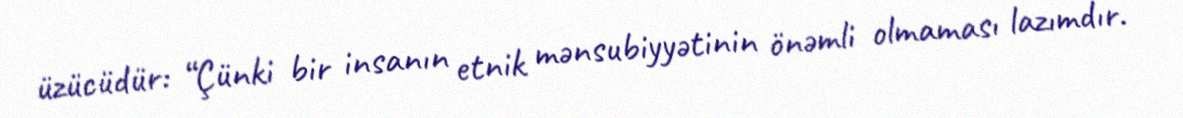
üzücüdür: “Çünki bir insanın etnik mənsubiyyətinin önəmli olmaması lazımdır.